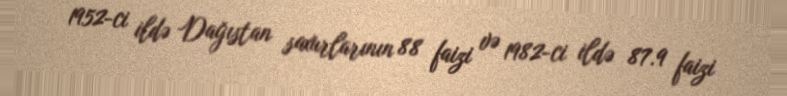
1952-ci ildə Dağıstan saxurlarının 88 faizi və 1982-ci ildə 87.9 faizi